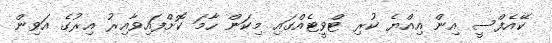
ކޭއެފްސީ އިން އިއްޔެ ކުރި ޓްވީޓެއްގައި މިކަން ހާމަ ކޮށްފައިވާއިރު އިރުގެ އަވިން